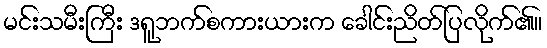
မင်းသမီးကြီး ဒရူဘက်စကားယားက ခေါင်းညိတ်ပြလိုက်၏။